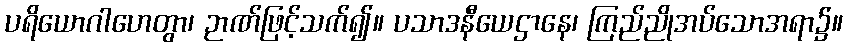
ပရိယောဂါဟေတွာ၊ ဉာဏ်ဖြင့်သက်၍။ ပသာဒနီယေဌာနေ၊ ကြည်ညိုအပ်သောအရာ၌။